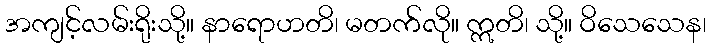
အကျင့်လမ်းရိုးသို့။ နာရောဟတိ၊ မတက်လို။ ဣတိ၊ သို့။ ဝိသေသေန၊